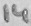
Text: 14